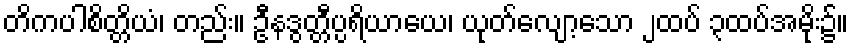
တိကပါစိတ္တိယံ၊ တည်း။ ဦနဒွတ္တီပ္ပရိယာယေ၊ ယုတ်လျော့သော ၂ထပ် ၃ထပ်အမိုး၌။